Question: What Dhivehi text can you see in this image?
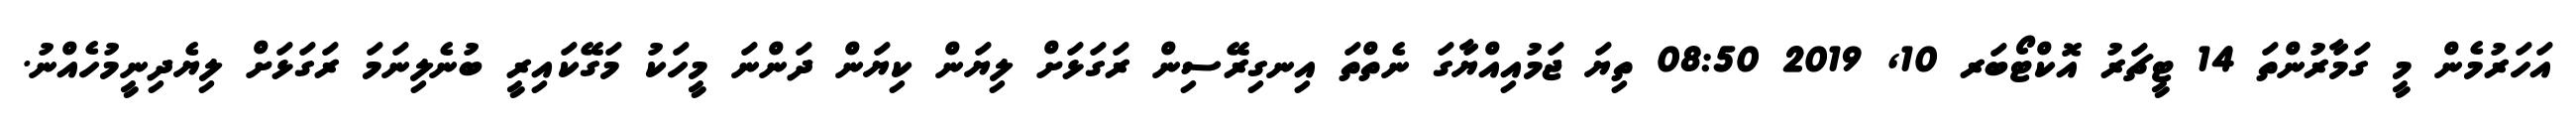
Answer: އަހަރުމެން މީ ގަމާރުންތަ 14 ޓީޗަރު އޮކްޓޯބަރ 10, 2019 08:50 ތިޔަ ޖަމުއިއްޔާގަ ނެތްތަ އިނގިރޭސިން ރަގަޅަށް ލިޔަން ކިޔަން ދަންނަ މީހަކު މަގޭކައިރީ ބުނެލިނަމަ ރަގަޅަށް ލިޔެދިނީމުހެއްނު.